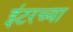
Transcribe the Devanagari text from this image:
इंटरच्या